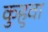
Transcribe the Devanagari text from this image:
कुहुवा